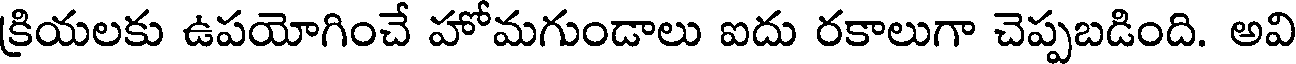
క్రియలకు ఉపయోగించే హోమగుండాలు ఐదు రకాలుగా చెప్పబడింది. అవి